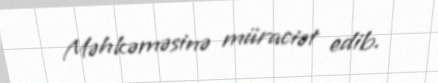
Məhkəməsinə müraciət edib.